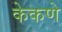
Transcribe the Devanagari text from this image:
केकणे